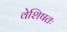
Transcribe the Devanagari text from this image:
वेशिषतः